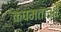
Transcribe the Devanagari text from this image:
क्षमताओ